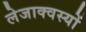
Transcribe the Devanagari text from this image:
लेजाक्वस्यों